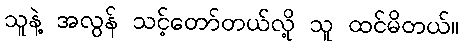
သူနဲ့ အလွန် သင့်တော်တယ်လို့ သူ ထင်မိတယ်။